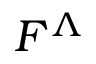
F ^ { \Lambda }